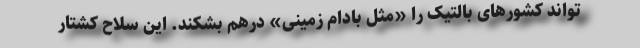
تواند کشورهای بالتیک را «مثل بادام زمینی» درهم بشکند. این سلاح کشتار